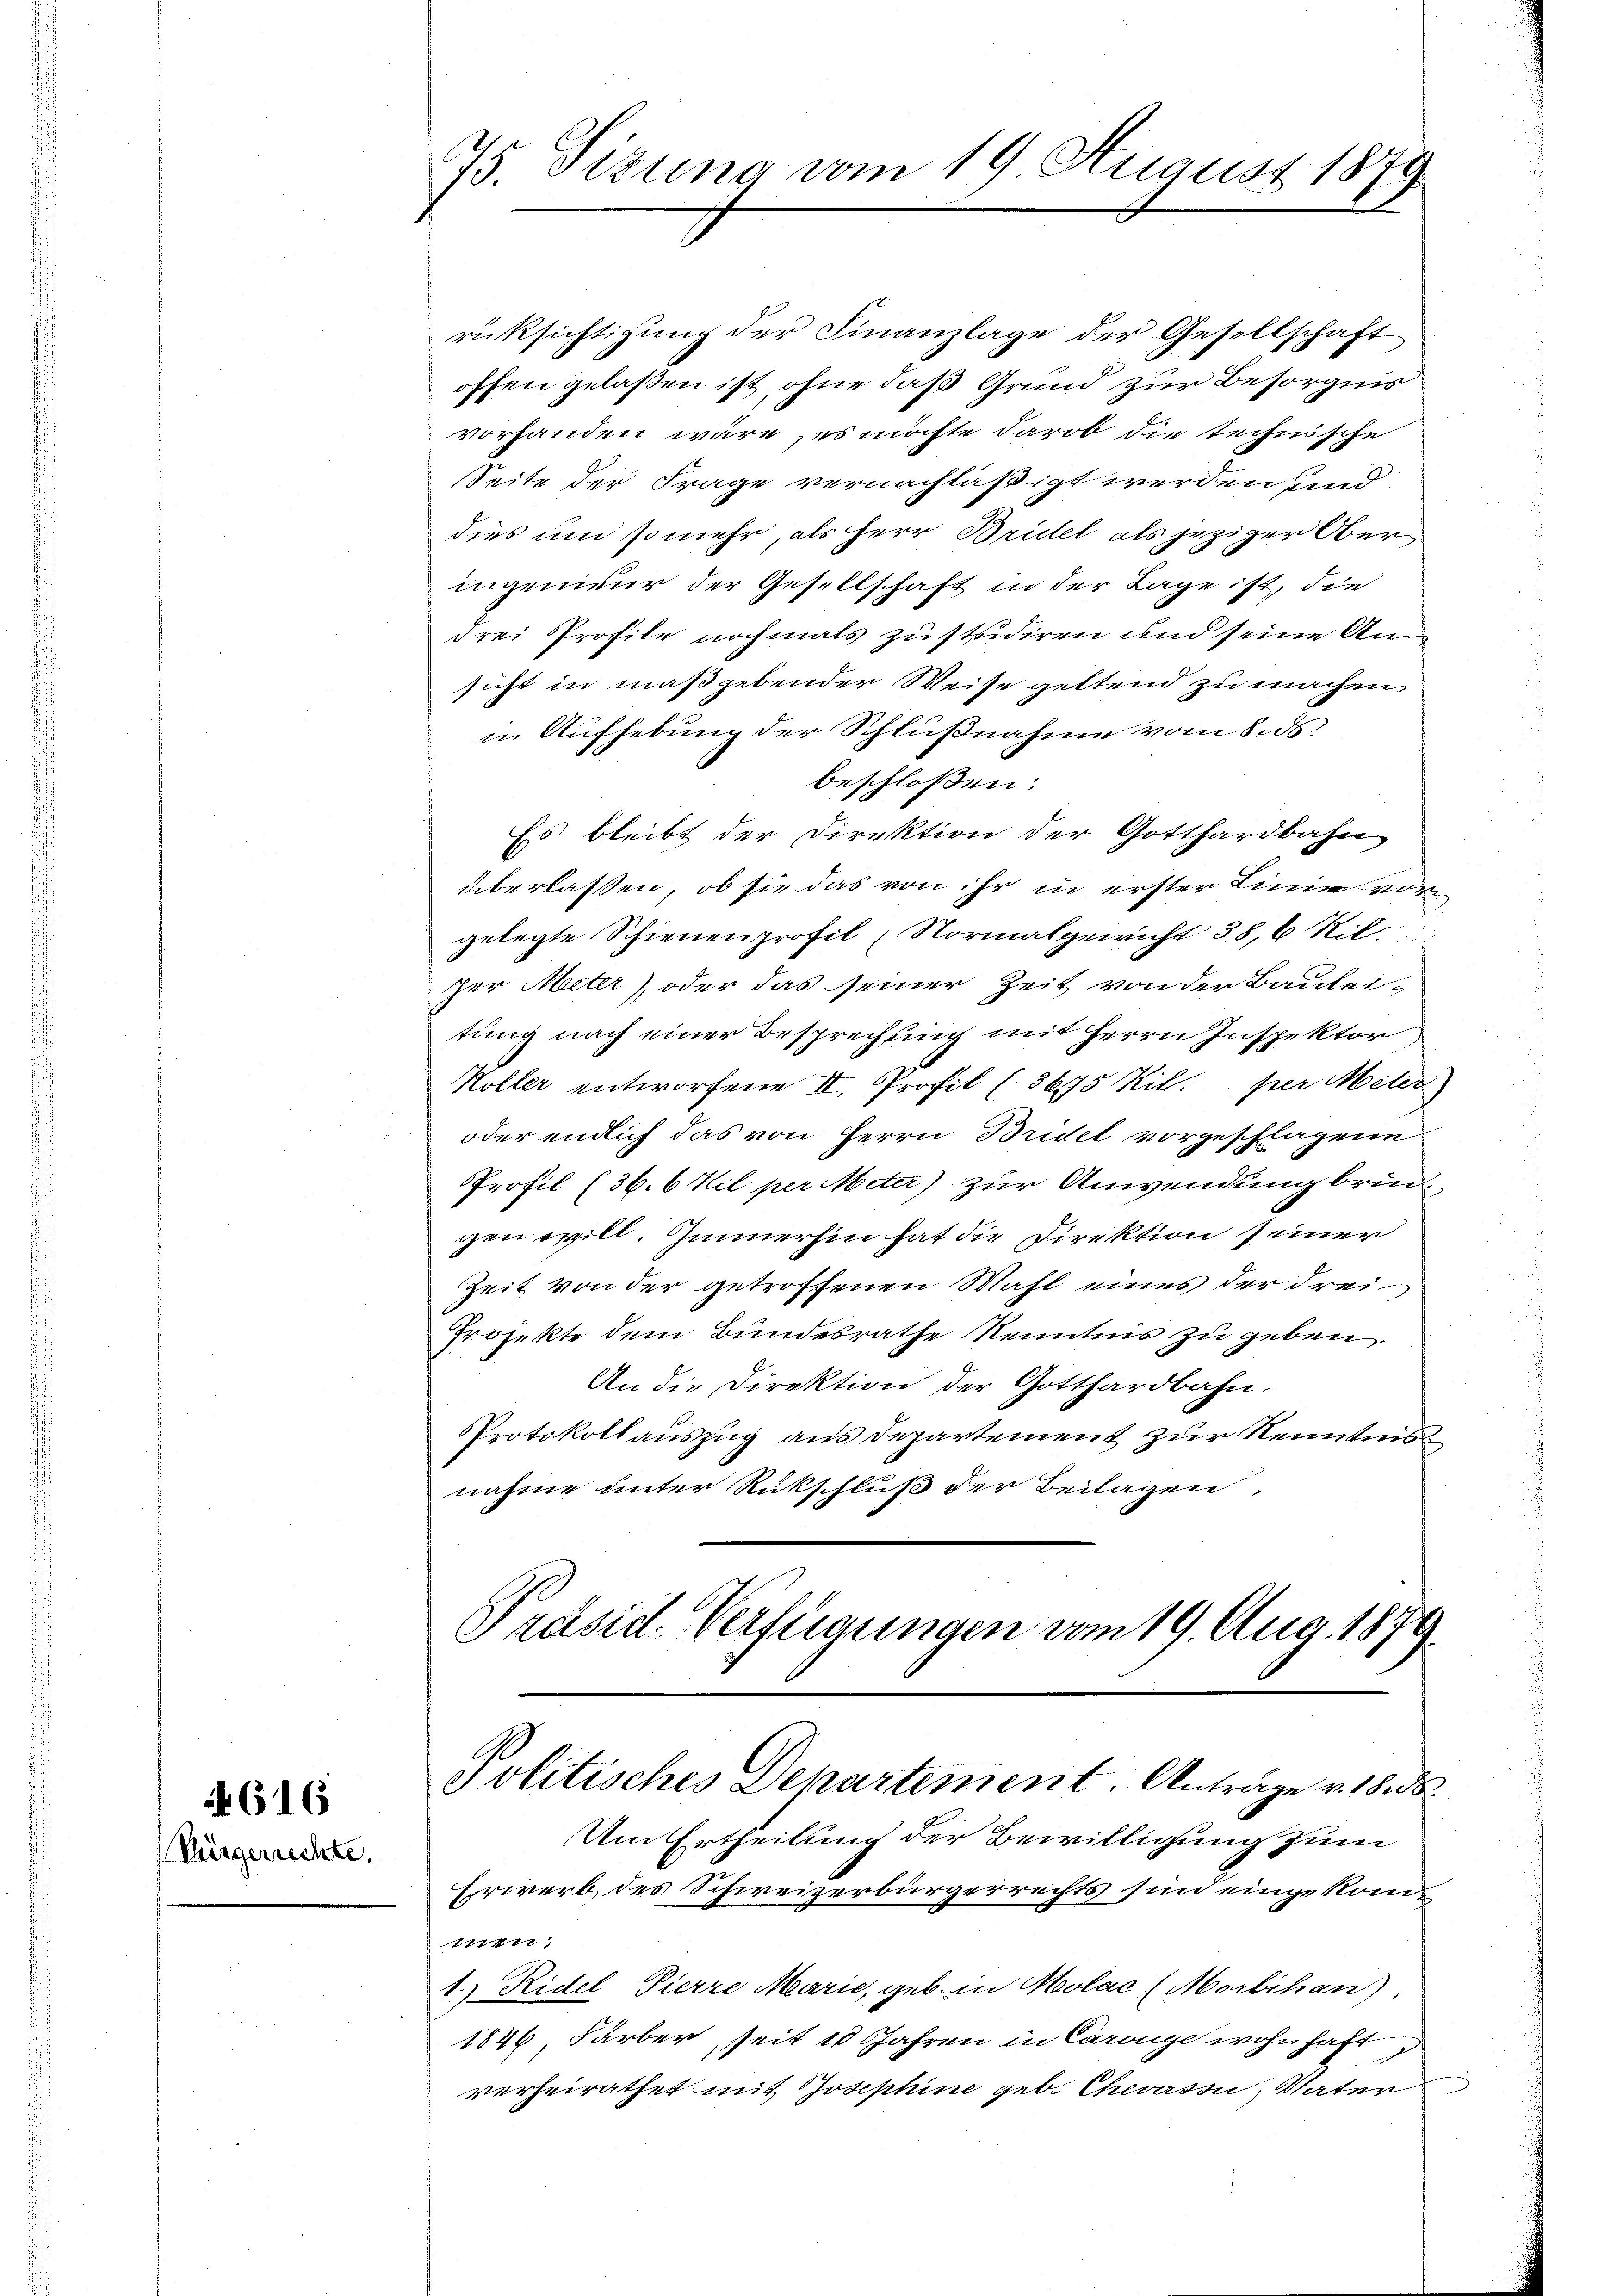
Bürgerrechte.

616

75. Sizung vom 19 August 1879

rüksichtigung der Finanzlage der Gesellschaft
offen gelaßen ist, ohne daß Grund zur Besorgnis
vorhanden wäre, es möchte darob die technische
Seite der Frage vernachläßigt werden sind.
dies um so mehr, als Herr Brittel als jezigen Ober
ingenieur der Gesellschaft in der Lage ist, die
drei Profile nochmals zu studiren und seine Ansicht in maßgebender Weise geltend zu machen
in Aufhebung der Schlußnahme vom 8. ds.
beschloßen:
Es bleibt der Direktion der Gotthardbahn
überlassen, ob sie das von ihr in erster Linie vorgelegte Schienenprofil (Normalgewicht 38, 6 Stil
zer Meter oder das seiner Zeit von der Bauleitung nach einer Besprechung mit Herrn Inspektor
Koller entworfene II. Profil (3675 Kill. per Meter
oder endlich das von Herrn Bridel vorgeschlagene
Profil (36. 6 Kil per Miter) zur Anwendung brindgen will. Immerhin hat die Direktion seiner
Zeit von der getroffenen Mahl eines der Frei
Projekte dem Bundesrathe Kenntnis zu geben.
An die Direktion der Gotthardbahn.
Protokoll auszug aus Departement zur Kenntnu
nahme unter Rückschluß der Beilagen,
Präsid. Verfügungen vom 19. Aug. 1879.

Politisches Departement. Anträge v. 18 de
Um Ertheilung der Bewilligung zum

Erwerb des Schweizerbürgerrechts sind eingekom¬
77417
1.) Ridel Pierre Marie, geb. in Molac (Morbihan)
1846 Färber seit 10 Jahren in Caronge wohnhaft
verheirathet mit Josephine geb. Chevassi, Vater